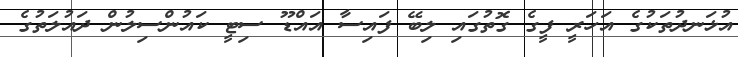
އުޅަނދުތަކުގެ އަހަރީ ފީގެ ގޮތުގައި ލިބޭ ފައިސާ އައްޑޫ ސިޓީ ކައުންސިލުން ދައުލަތުގެ